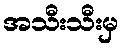
အသီးသီးမှ